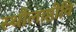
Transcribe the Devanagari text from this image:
स्थौलाष्ठीवि